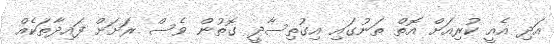
އަދި އެއީ ކުރިއަށް އޮތް ތަނުގައި އިގުތިސާދީ ގޮތުން ވެސް ރަށަށް ފައިދާތަކެއް